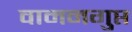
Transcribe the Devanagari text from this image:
वामनगुप्त